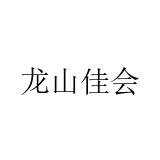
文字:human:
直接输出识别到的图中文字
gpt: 龙山佳会